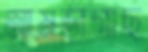
আমড়াগাছ